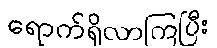
ရောက်ရှိလာကြပြီး